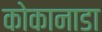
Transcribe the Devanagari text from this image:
कोकानाडा